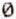
0